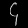
Digit: ၄